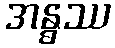
အန္ဓဿ